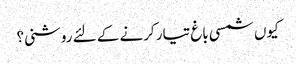
کیوں شمسی باغ تیار کرنے کے لئے روشنی؟